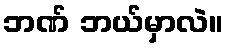
ဘဏ် ဘယ်မှာလဲ။